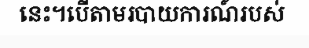
នេះ។បើតាមរបាយការណ៍របស់